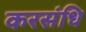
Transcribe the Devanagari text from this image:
करसंधि